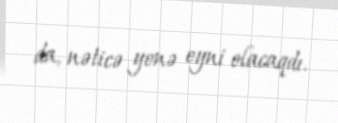
da, nəticə yenə eyni olacaqdı.